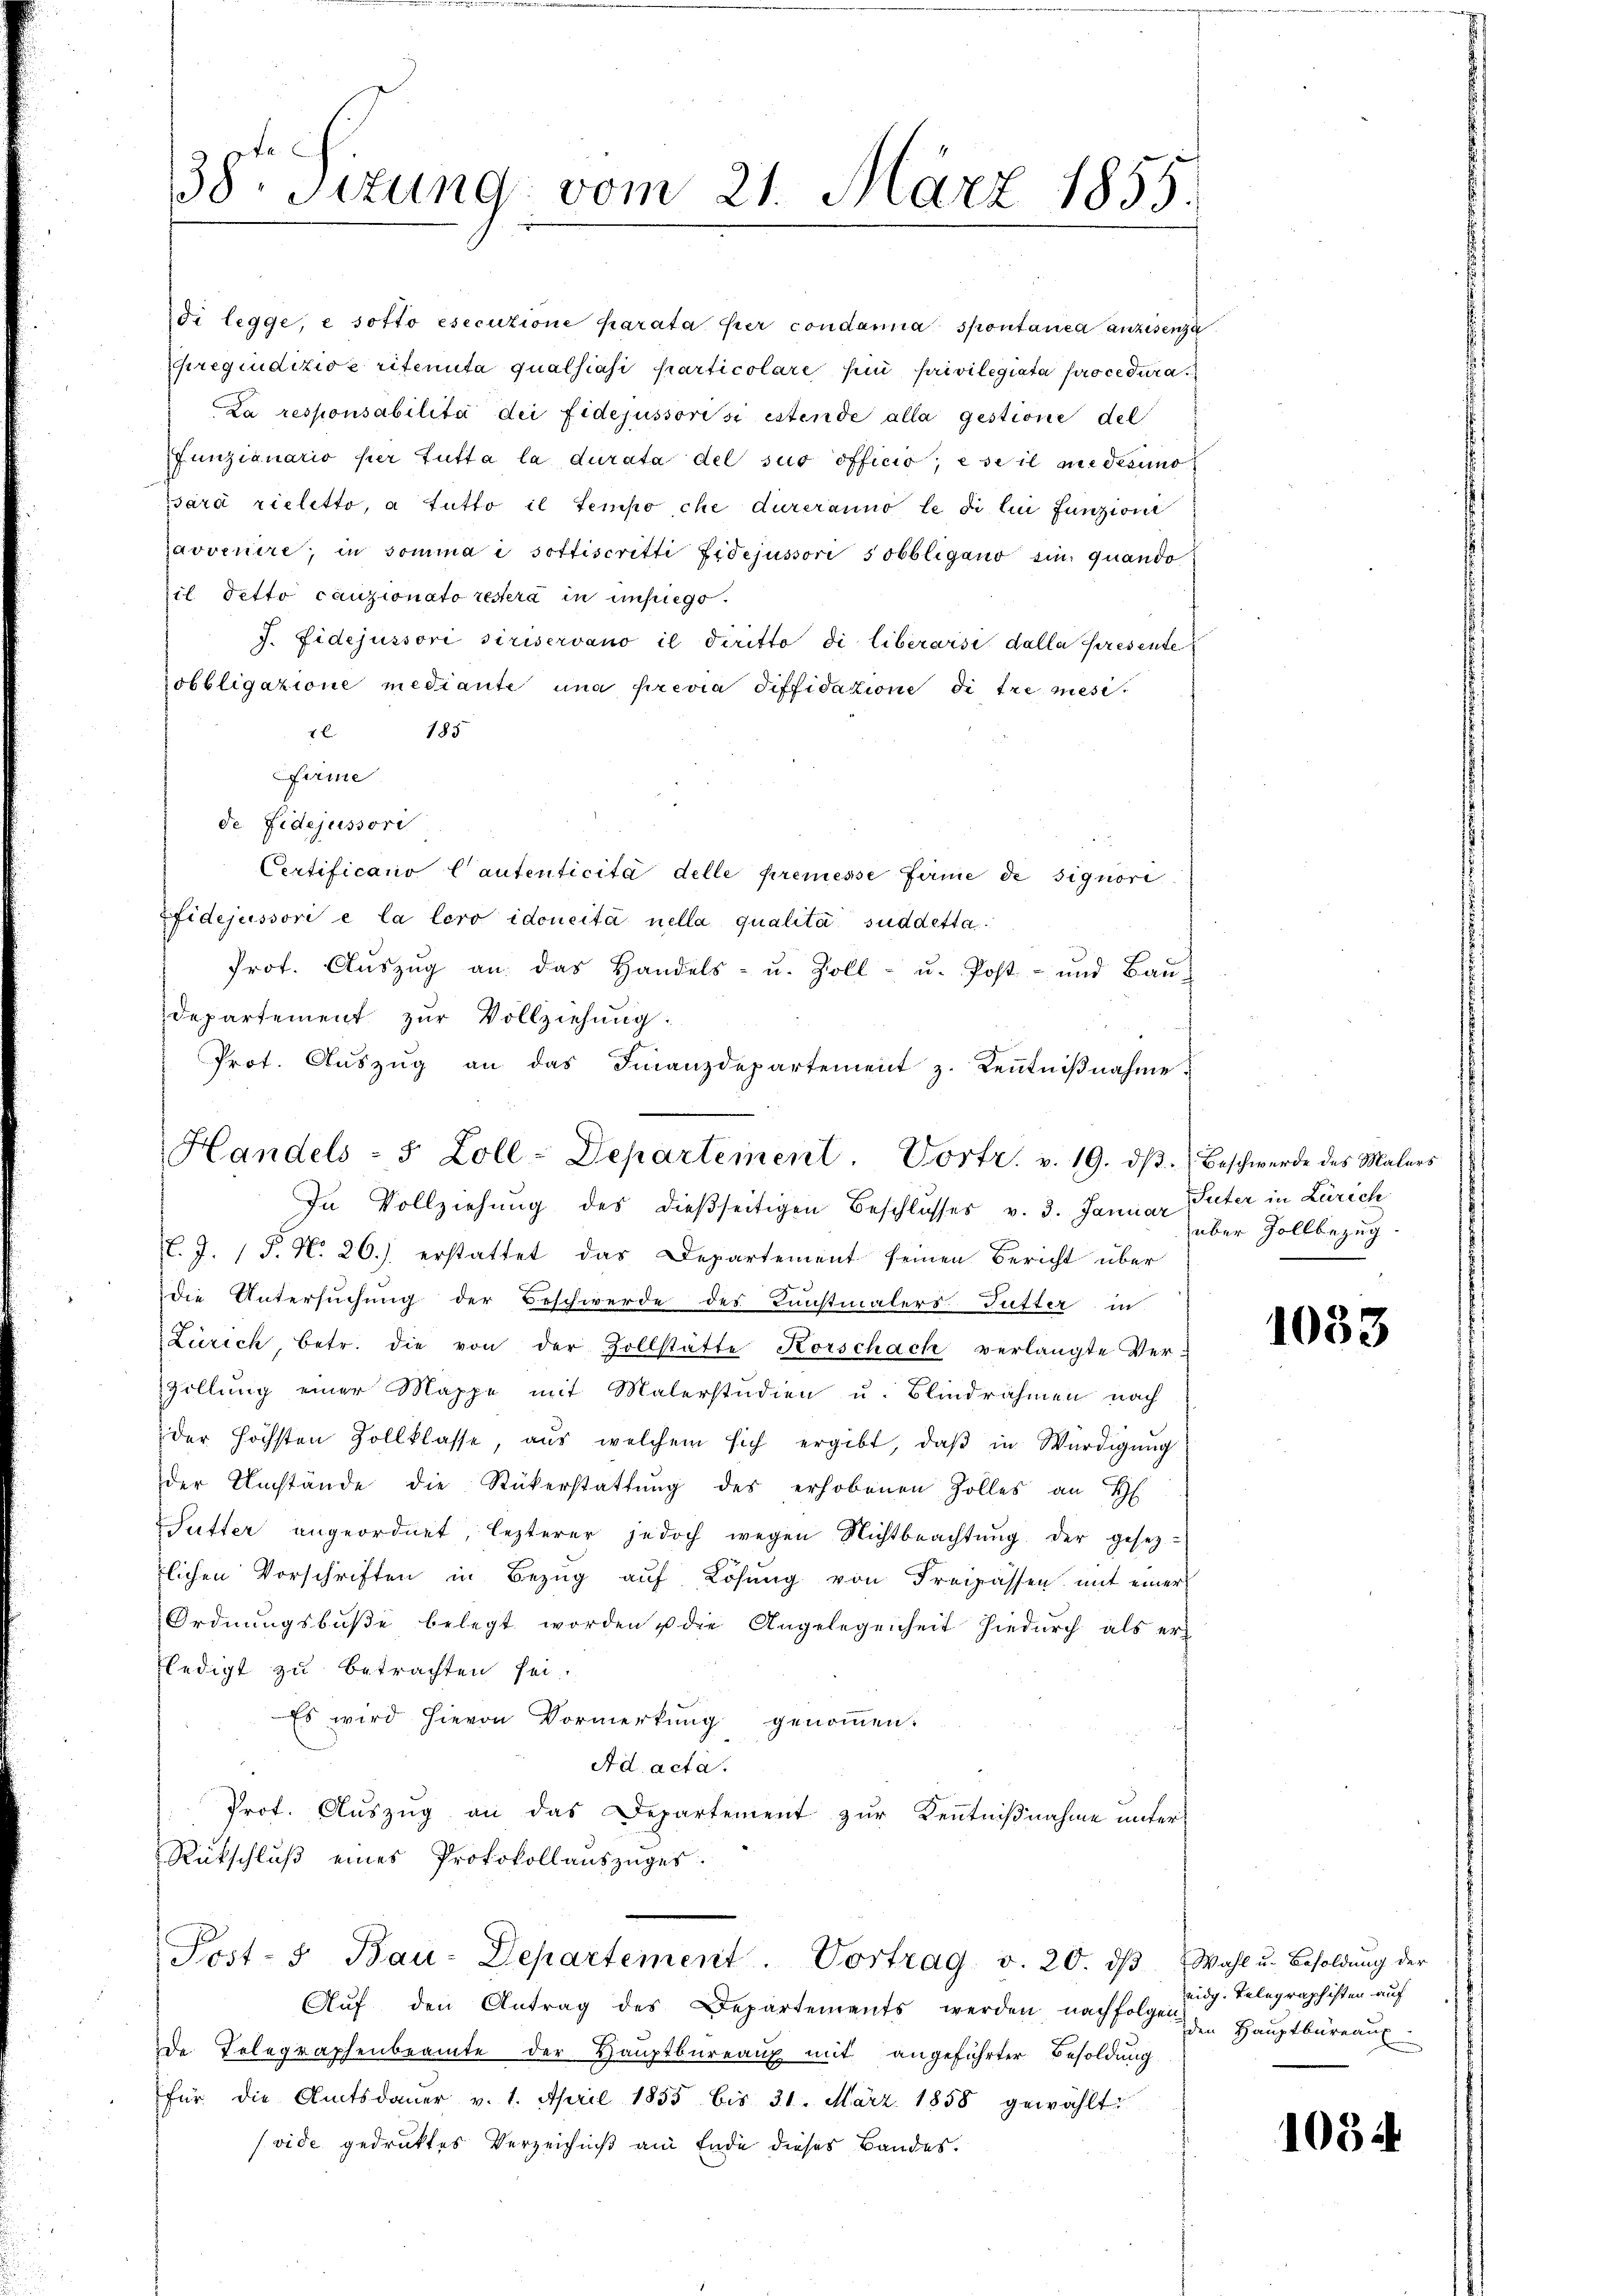
38 Sizung vom 21. März 1855.

Handels- 5 Zoll-Departement. Vortr. v. 19. dβ. Beschwerde des Malers

di legge, e sotto esecutione parata per condamna spontanica anzisenza
regiudizioe ritenta qualsiasi particolare für privilegiata procedura¬
La responsabilita dei fidejussorisi estende alla gestione del
funzianario per tutta la durata del sus officio, e se il medesimo
sarà rieletto, a tutto il tempo che dureranno le di lui funzion
ravvenire, in somma i sottiscritti fidejussori sobbligano sin quando
il detto cauzionato restera in unsrege.
J. Fidejussori siriservano il diritto di liberoisi dalla presente
obbligatione mediante una previa Siffidation de tre mesi
1 185
Parme
de fidejussori
Certificano Cantenticita delle premesse firme de signori
Efidejussori e la loro idoneità nella qualita suddetta¬
Prot. Aŭszŭg an das Handels- u. Zoll- u. Post- und Baŭ-
departement zur Vollziehung:
Prot. Aŭszŭg an das Finanzdepartement z. Keṅtniβnahme
In Vollziehung des dießseitigen Beschlusses v. 3. Januar Güter in Zürich
.J. P. N. 26.) erstattet das Departement seinen Bericht über
die Untersuchung der Beschwerde des Kunstmalers Futter in
Zürich, betr. die von der Zollstätte Korschach verlangte Ver¬
Zollung einer Mappe mit Malerstudien u. Blindrahmen nach
der höchsten Zollklasse, aŭs welchem sich ergibt, daβ in Würdigŭng
der Umstände die Rükerstattŭng des erhobenen Zolles an H
Sutter angeordnet, lezterer jedoch wegen Nichtbeachtŭng der gesetz-
lichen Vorschriften in Bezug auf Lösung von Freipassen mit einer
Ordnungsbuße belegt worden u die Angelegenheit hiedurch als er
ledigt zu betrachten sei.
Es wird hievon Vormerkung genommen.
Ad acta.
Prot. Auszug an das Departement zur Kenntnißnahme unter
Rütschlŭβ eines Protokollaŭszŭges.
Post- 5. Bau-Departement. Vortrag v. 20. dβ Wahl u. Besoldŭng der
Aŭf den Antrag des Departements werden nachfolgen in Haŭptbüreaŭs
de Telegraphenbeamte der Hauptbureaux mit angeführter Besoldung
für die Amtsdaŭer v. 1. April 1855 bis 31. März 1858 gewählt:
(vide gedruktes Verzeichniß am Ende dieses Bandes.

über Zollbezug

1083

eidg. Telegraphisten auf

108.